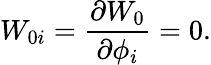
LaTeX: W_{0i}=\frac{\partial W_{0}}{\partial\phi_{i}}=0.